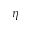
\eta